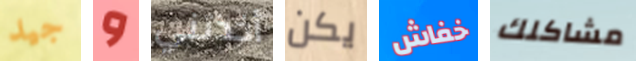
جيد و أخذتني يكن خفاش مشاكلك